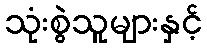
သုံးစွဲသူများနှင့်